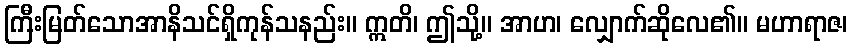
ကြီးမြတ်သောအာနိသင်ရှိကုန်သနည်း။ ဣတိ၊ ဤသို့။ အာဟ၊ လျှောက်ဆိုလေ၏။ မဟာရာဇ၊